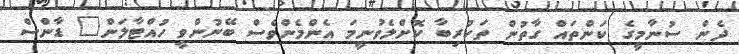
ދެން ސުނާމީގެ ކަންތައް ގާތުން ތަކުރިބާ ކޮށްލެވުނީމަ އެންމެންވެސް ބޭނުންވީ ހުއްޓާލަން" ޑާންސް